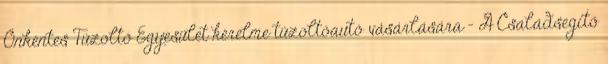
Önkéntes Tűzoltó Egyesület kérelme tűzoltóautó vásárlására - A Családsegítő